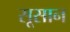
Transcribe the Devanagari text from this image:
सूसान